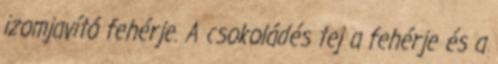
izomjavító fehérje. A csokoládés tej a fehérje és a